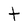
Character: t